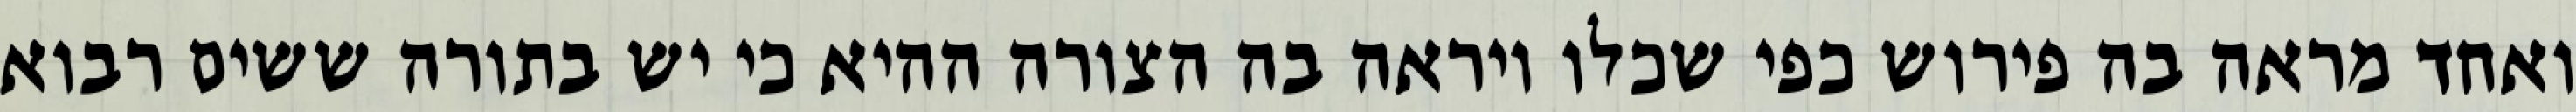
ואחד מראה בה פירוש כפי שכלו ויראה בה הצורה ההיא כי יש בתורה ששים רבוא